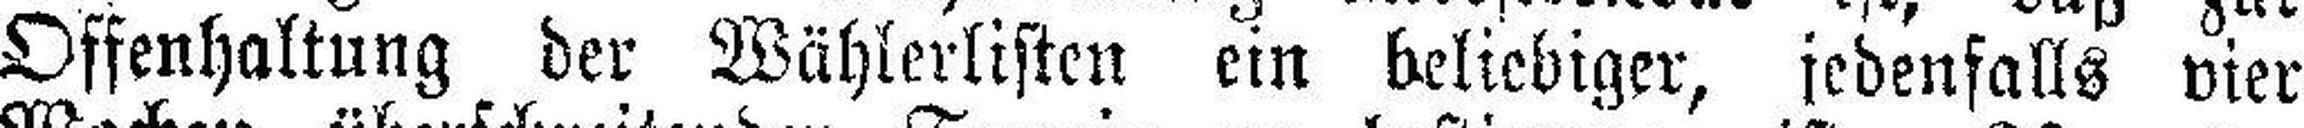
Offenhaltung der Wählerlisten ein beliebiger, jedenfalls vier